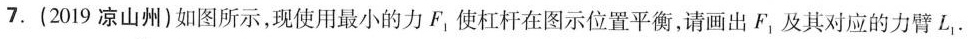
7.(2019凉山州)如图所示，现使用最小的力F_{1} 使杠杆在图示位置平衡，请画出F_{1} 及其对应的力臂L_{1}.